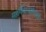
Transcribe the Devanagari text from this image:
महर्षिमानसोल्लासो